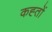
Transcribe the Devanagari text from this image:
कह्तों